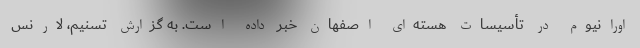
اورانیوم در تأسیسات هسته‌ای اصفهان خبر داده است. به گزارش تسنیم، لارنس